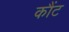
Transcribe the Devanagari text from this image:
कौंट